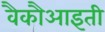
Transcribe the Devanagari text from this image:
वैकौआइती